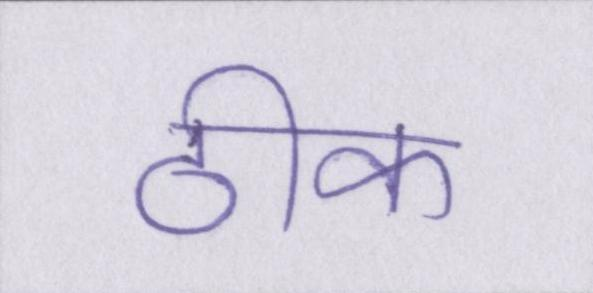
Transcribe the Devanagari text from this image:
ठीक